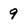
Character: 9